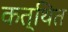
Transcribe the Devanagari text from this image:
कत्थित